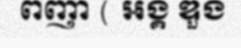
ពញា ( អង្គ ឌួង